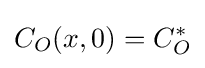
C_{O}(x,0)=C_{O}^{*}